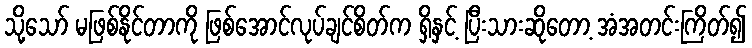
သို့သော် မဖြစ်နိုင်တာကို ဖြစ်အောင်လုပ်ချင်စိတ်က ရှိနှင့် ပြီးသားဆိုတော့ အံအတင်းကြိတ်၍